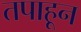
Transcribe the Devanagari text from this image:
तपाहून